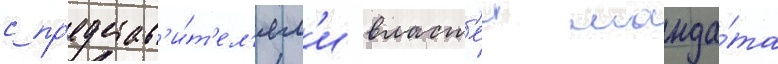
с пр'едстав'и́т'ел'ям'и власт'еи манда́та